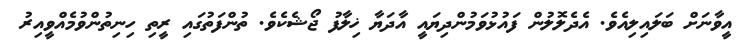
އީވާނަށް ބަލައިލިއެވެ. އެދެލޮލުން ފައުޅުވަމުންދިޔައީ އާދަޔާ ޚިލާފު ޖޯޝެކެވެ. ތުންފަތުގައި ރީތި ހިނިތުންވުމެއްވީއިރު